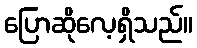
ပြောဆိုလေ့ရှိသည်။